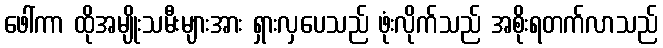
ဖေါ်ကာ ထိုအမျိုးသမီးများအား ရှားလှပေသည် ဖုံးလိုက်သည် အစိုးရတက်လာသည်